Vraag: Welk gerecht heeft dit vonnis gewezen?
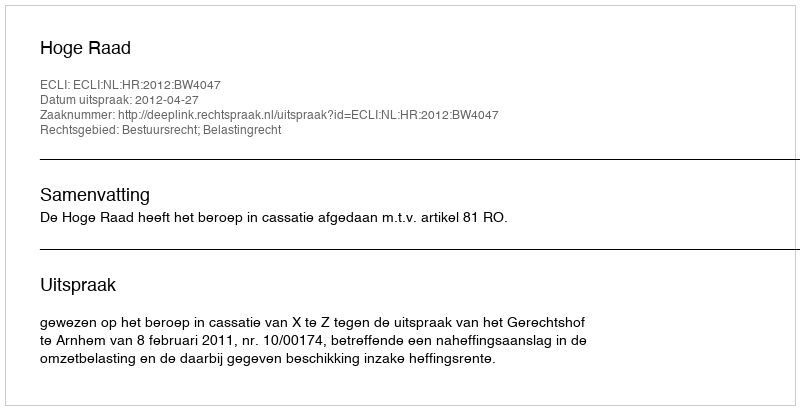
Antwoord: Hoge Raad